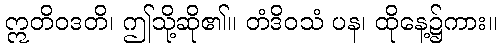
ဣတိဝဒတိ၊ ဤသို့ဆို၏။ တံဒိဝသံ ပန၊ ထိုနေ့၌ကား။